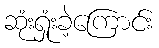
ဆုံးရှုံးခဲ့ကြောင်း